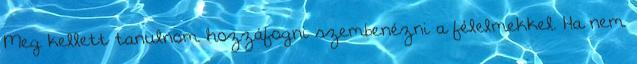
Meg kellett tanulnom hozzáfogni szembenézni a félelmekkel. Ha nem